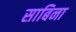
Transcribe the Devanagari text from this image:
साबिना